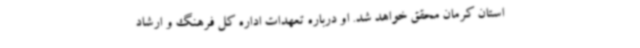
استان کرمان محقق خواهد شد. او درباره تعهدات اداره کل فرهنگ و ارشاد